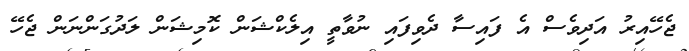
ޖެހޭއިރު އަދިވެސް އެ ފައިސާ ދެވިފައި ނުވާތީ އިލެކްޝަން ކޮމިޝަން ލަދުގަންނަން ޖެހޭ